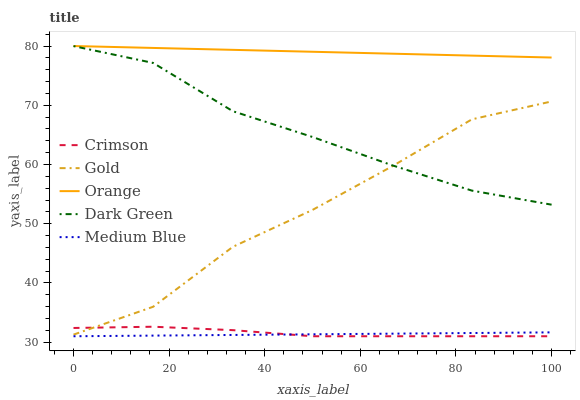
| xaxis_label | Crimson | Gold | Orange | Dark Green | Medium Blue |
 | --- | --- | --- | --- | --- | --- |
 | 0 | 32.4 | 31.3 | 80 | 80 | 31 |
 | 16.7 | 32.6 | 36 | 79.7 | 77.1 | 31.1 |
 | 33.3 | 32 | 46.1 | 79.4 | 69 | 31.2 |
 | 50 | 31 | 52.3 | 79 | 64.6 | 31.3 |
 | 66.7 | 31 | 59.7 | 78.7 | 59.9 | 31.4 |
 | 83.3 | 31 | 67.6 | 78.4 | 55.6 | 31.5 |
 | 100 | 31 | 70.6 | 78.1 | 53.2 | 31.7 |